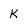
Character: K